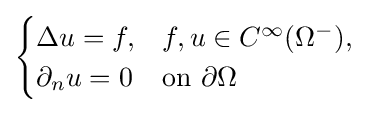
{\begin{cases}\Delta u=f,&f,u\in C^{\infty }(\Omega ^{-}),\\\partial _{n}u=0&{\text{on }}\partial \Omega \end{cases}}